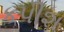
કપીશ